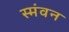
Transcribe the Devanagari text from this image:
स्मंवन